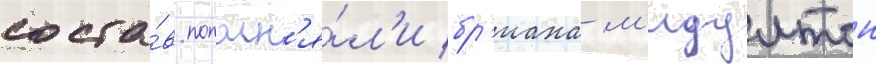
соста́в пополн'я́л'и бр'иана м'иддлтон